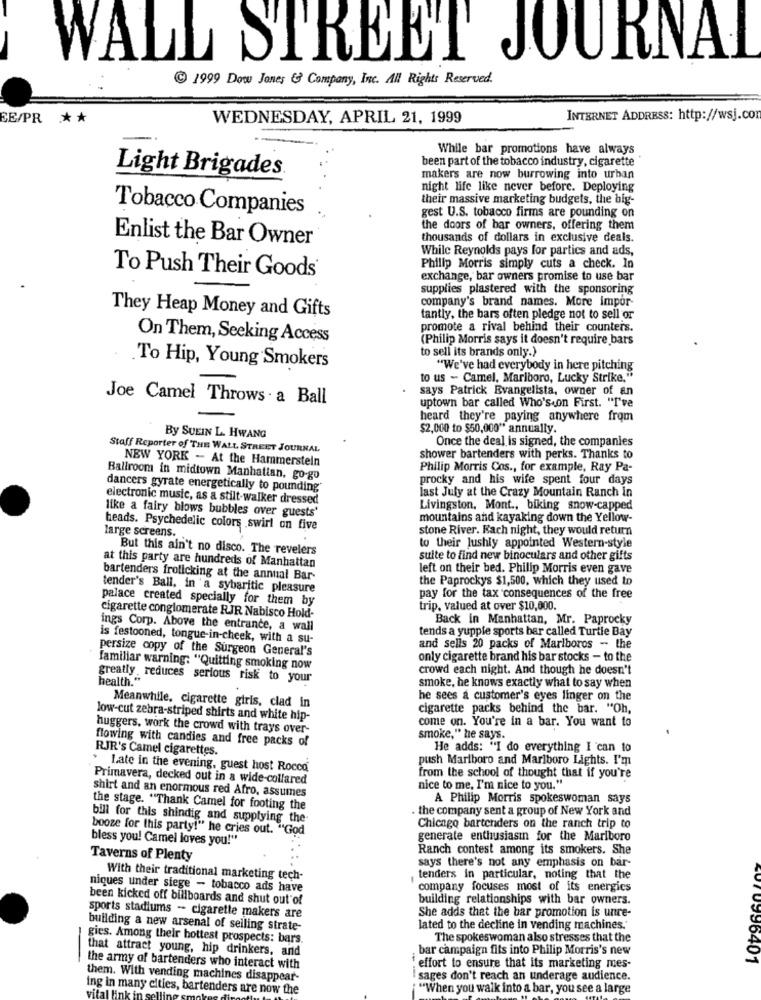
WAL
STREET
JOUR
VAI
199 Dow Jones & Company, Inc. All Rights Reserved.
EE/PR
* *
WEDNESDAY, APRIL 21, 1999
INTERNET ADDRESS: http://wsj.con
While bar promotions have always
been part of the tobacco industry, cigarette
Light Brigades
makers are now burrowing into urban
night life like never before. Deploying
their massive marketing budgets, the big-
Tobacco Companies
gest U.S. tobacco firms are pounding on
the doors of bar owners, offering them
Enlist the Bar Owner
thousands of dollars in exclusive deals.
While Reynolds pays for parties and ads,
Philip Morris simply cuts a check. In
To Push Their Goods
exchange, bar owners promise to use bar
supplies plastered with the sponsoring
company's brand names. More impor-
They Heap Money and Gifts
tantly, the bars often pledge not to sell or
promote a rival behind their counters.
On Them, Seeking Access
(Philip Morris says it doesn't require bars
to sell its brands only.)
To Hip, Young Smokers
"We've had everybody in here pitching
to us - Camel, Marlboro, Lucky Strike."
says Patrick Evangelista, owner of an
Joe Camel Throws . a Ball
uptown bar called Who's.on First. "I've
heard they're paying anywhere from
By SUEIN L. HWANG
$2,000 to $50,000" annually.
Once the deal is signed, the companies
Staff Reporter of THE WALL STREET JOURNAL
NEW YORK - At the Hammerstein
shower bartenders with perks. Thanks to
Philip Morris Cos ., for example, Ray Pa-
Ballroom in midtown Manhattan, go-go
procky and his wife spent four days
dancers gyrate energetically to pounding
last July at the Crazy Mountain Ranch in
electronic music, as a stilt-walker dressed
like a fairy blows bubbles over guests'
Livingston, Mont ., biking snow-capped
mountains and kayaking down the Yellow-
heads. Psychedelic colors swirl on five
large screens.
stone River. Each night, they would return
But this ain't no disco. The revelers
to their lushly appointed Western-style
suite to find new binoculars and other gifts
at this party are hundreds of Manhattan
left on their bed. Philip Morris even gave
bartenders frolicking at the annual Bar-
the Paprockys $1,500, which they used to
tender's Ball, in 'a sybaritic pleasure
palace created specially for them by
pay for the tax consequences of the free
trip. valued at over $10,000.
cigarette conglomerate RJR Nabisco Hold-
Back in Manhattan, Mr. Paprocky
ings Corp. Above the entrance, a wall
tends a yuppie sports bar called Turtle Bay
is festooned, tongue-in-cheek, with a su-
persize copy of the Surgeon General's
and sells 20 packs of Marlboros - the
only cigarette brand his bar stocks - to the
familiar warning: "Quitting smoking now
crowd each night. And though he doesn't
greatly, reduces serious risk to your
health."
smoke, he knows exactly what to say when
he sees a customer's eyes linger on the
Meanwhile, cigarette giris, clad in
cigarette packs behind the bar. "Oh,
low-cut zebra-striped shirts and white hip-
come on. You're in a bar. You want to
huggers, work the crowd with trays over-
flowing with candies and free packs of
smoke," he says.
RJR's Camel cigarettes.
He adds: "I do everything I can to
push Marlboro and Marlboro Lights. I'm
. Late in the evening, guest host Rocco
Primavera, decked out in a wide-collared
from the school of thought that if you're
nice to me, I'm nice to you."
shirt and an enormous red Afro, assumes
A Philip Morris spokeswoman says
the stage. "Thank Camel for footing the
. the company sent a group of New York and
bill for this shindig and supplying the
booze for this party!" he cries out. "God
Chicago bartenders on the ranch trip to
bless you! Camel loves you!"
generate enthusiasin for the Marlboro
Ranch contest among its smokers. She
Taverns of Plenty
says there's not any emphasis on bar-
With their traditional marketing tech-
tenders in particular, noting that the
niques under siege - tobacco ads have
company focuses most of its energics
been kicked off billboards and shut out of
building relationships with bar owners.
She adds that the bar promotion is unre-
sports stadiums - cigarette makers are
building a new arsenal of seiling strate-
lated to the decline in vending machines.'
gies. Among their hottest prospects: bars.
The spokeswoman also stresses that the
that attract young, hip drinkers, and
bar campaign fits into Philip Morris's new
4070996401
the army of bartenders who interact with
effort to ensure that its marketing mes-
them. With vending machines disappear-
sages don't reach an underage audience.
vital
ing in many cities, bartenders are now the
"When you walk into a bar, you see a large